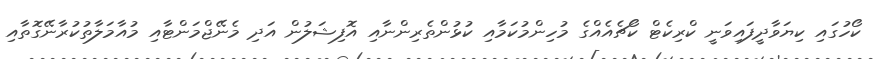
ކޯހުގައި ކިޔަވާދީފައިވަނީ ކްރިކެޓް ކޯޗެއެއްގެ މުހިންމުކަމާއި ކުޅުންތެރިންނާއި އޮފިޝަލުން އަދި މެނޭޖްމަންޓާއި މުއާމަލާތުކުރާނޭގޮތާއި